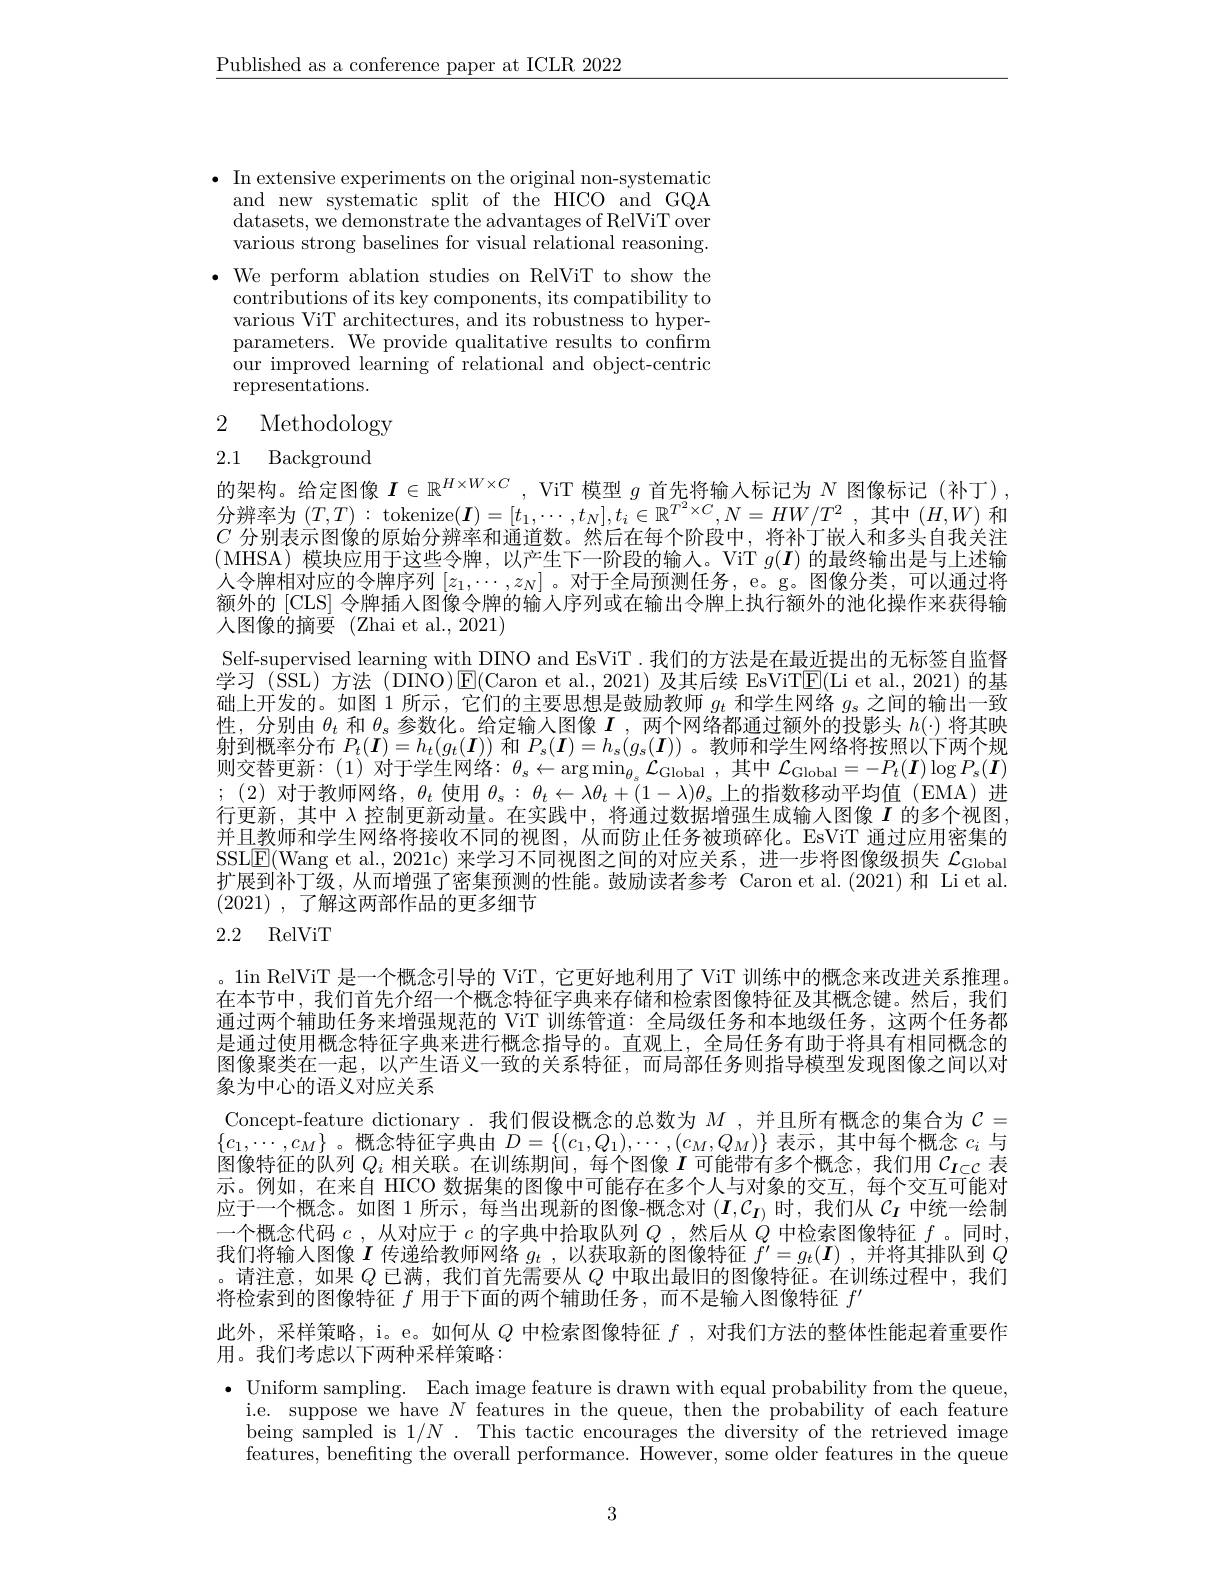
$\underline{\text{Published as a conference paper at ICLR 2022}}$

$\bullet$ In extensive experiments on the original non-systematic
and new systematic split of the HICO and GQA datasets, we demonstrate the advantages of RelViT over various strong baselines for visual relational reasoning.
$\bullet$ We perform ablation studies on RelViT to show the
contributions of its key components, its compatibility to various ViT architectures, and its robustness to hyperparameters. We provide qualitative results to confirm our improved learning of relational and object- centric representations.

2 Methodology

# 2.1 Background

的 架 构 。给 定 图 像 $I\in \mathbb{R} ^{H\times W\times C}$, ViT 模 型 $g$ 首 先 将 输 入 标 记 为 $N$ 图 像 标 记 ( 补 丁 ) , 分 辨 率 为 $( T, T) :$ tokenize$( \boldsymbol{I}) = [ t_1, \cdots , t_N] , t_i\in \mathbb{R} ^{T^2\times C}, N= HW/ T^2$, 其 中 $( H, W)$ 和$C$分别表示图像的原始分辨率和通道数。然后在每个阶段中，将补丁嵌人和多头自我关注(MHSA)模块应用于这些令牌，以产生下一阶段的输入。ViT $g(\boldsymbol{I})$的最终输出是与上述输人令牌相对应的令牌序列$[z_1,\cdots,z_N]$ 。对于全局预测任务，e。g。图像分类，可以通过将额外的 [CLS] 令牌插人图像令牌的输入序列或在输出令牌上执行额外的池化操作来获得输人图像的摘要(Zhai et al.,2021)
Self-supervised learning with DINO and EsViT .我们的方法是在最近提出的无标签自监督学习(SSL)方法(DINO)$\operatorname{E}($Caron et al.,2021)及其后续 EsViT$\operatorname{E}($Li et al.,2021)的基础上开发的。如图 1 所示，它们的主要思想是鼓励教师$g_t$和学生网络$g_\mathrm{s}$之间的输出一致性，分别由$\theta_t$和$\theta_s$参数化。给定输入图像$I$,两个网络都通过额外的投影头$h(\cdot)$将其映射到概率分布$P_t(\boldsymbol{I})=h_t(g_t(\boldsymbol{I}))$和$P_s(\boldsymbol{I})=h_s(g_s(\boldsymbol{I}))$ 。教师和学生网络将按照以下两个规则交替更新：(1)对于学生网络：$\theta_s\leftarrow\arg\min_{\theta_s}\mathcal{L}_{\mathrm{Global}}$,其中$\mathcal{L}_{\mathrm{Global}}=-P_t(\boldsymbol{I})\log P_s(\boldsymbol{I})$ ;(2)对于教师网络，$\theta_t$使用$\theta_s:\theta_t\leftarrow\lambda\theta_t+(1-\lambda)\theta_s$上的指数移动平均值(EMA)进行更新，其中$\lambda$控制更新动量。在实践中，将通过数据增强生成输入图像$I$的多个视图， 并且教师和学生网络将接收不同的视图，从而防止任务被琐碎化。EsViT 通过应用密集的SSLE(Wang et al., 2021c) 来学习不同视图之间的对应关系，进一步将图像级损失$\mathcal{L}_{\mathrm{Global}}$ 扩展到补丁级，从而增强了密集预测的性能。鼓励读者参考 Caron et al.(2021)和 Li et al. (2021) , 了解这两部作品的更多细节

## 2.2 RelViT

。1in RelViT 是一个概念引导的 ViT, 它更好地利用了 ViT 训练中的概念来改进关系推理。在本节中，我们首先介绍一个概念特征字典来存储和检索图像特征及其概念键。然后，我们通过两个辅助任务来增强规范的 ViT 训练管道：全局级任务和本地级任务，这两个任务都是通过使用概念特征字典来进行概念指导的。直观上，全局任务有助于将具有相同概念的图像聚类在一起，以产生语义一致的关系特征，而局部任务则指导模型发现图像之间以对象为中心的语义对应关系
$\begin{array}{l}{\mathrm{Concept-feature~dictionary~.~我们假设概念的总数为~}M~,~并且所有概念的集合为~}\mathcal{C}=\\{\{c_{1},\cdots,c_{M}\}~。概念特征字典由~D=~\{(c_{1},Q_{1}),\cdots,(c_{M},Q_{M})\}~\text{表示，其中每个概念 }c_{i}~\text{与}}\end{array}$ 图像特征的队列$Q_i$相关联。在训练期间，每个图像$I$可能带有多个概念，我们用$\mathcal{C}_{I\subset C}$表示。例如，在来自 HICO 数据集的图像中可能存在多个人与对象的交互，每个交互可能对应于一个概念。如图 1 所示，每当出现新的图像-概念对$(I,C_I)$时，我们从$c_I$中统一绘制一个概念代码$c$ ,从对应于$c$的字典中拾取队列$Q$ ,然后从$Q$中检索图像特征$f$。同时， 我们将输入图像$\boldsymbol{I}$传递给教师网络$g_t,\dot{\text{以获取新的图像特征 }f^{\prime}}=g_t(\boldsymbol{I})$ ,并将其排队到$Q$ 。请注意，如果$Q$已满，我们首先需要从$Q$中取出最旧的图像特征。在训练过程中，我们将检索到的图像特征$f$用于下面的两个辅助任务，而不是输入图像特征$f^\prime$

此外，采样策略，i。e。如何从$Q$中检索图像特征$f$ ,对我们方法的整体性能起着重要作

用。我们考虑以下两种采样策略：
$\bullet$ Uniform sampling. Each image feature is drawn with equal probability from the queue,
i.e. suppose we have $N$ features in the queue, then $\tilde{\text{the probability of each feature}}$ being sampled is $1/ N$ . This tactic encourages the diversity of the retrieved image features, benefiting'the overall performance. However, some older features in the queue

3